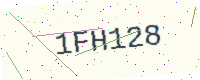
Text: 1FH128